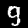
Label: 9